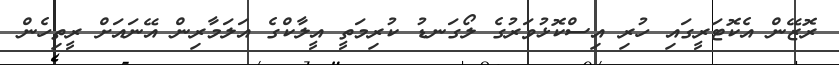
ރޮޒޭން އެކޮޓަރީގައި ހުރި އިސްކޮޅުވަރުގެ ލޯގަނޑު ކުރިމަތީ އީލާކްގެ އަލަމާރިން އޭނައަށް ރީތިހެން